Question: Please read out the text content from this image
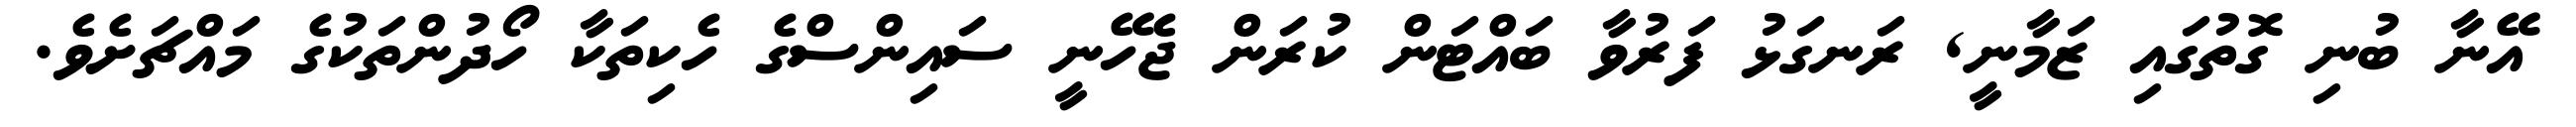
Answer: އޭނާ ބުނި ގޮތުގައި ޒަމާނީ, ރަނގަޅު ފަރުވާ ބައްޓަން ކުރަން ޖެހޭނީ ސައިންސްގެ ހެކިތަކާ ހޯދުންތަކުގެ މައްޗަށެވެ.